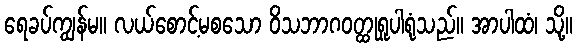
ရေခပ်ကျွန်မ။ လယ်စောင့်မစသော ဝိသဘာဂဝတ္ထုရူပါရုံသည်။ အာပါထံ၊ သို့။